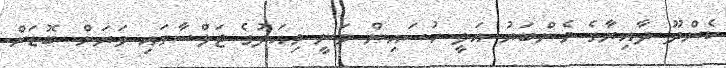
ކެންދޫ ދާއިރާގެ މެންބަރު އަލީ ހުސައިން ވަނީ މިއަދުގެ ޖަލްސާގައި ވަރަށް ބޮޑަށް